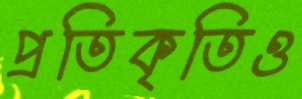
প্রতিকৃতিও